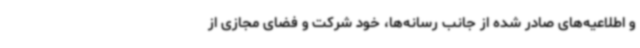
و اطلاعیه‌های صادر شده از جانب رسانه‌ها، خود شرکت و فضای مجازی از